Annual administration report of the Civil Veterinary Department, Sind - 1943-1944
Year: 1943
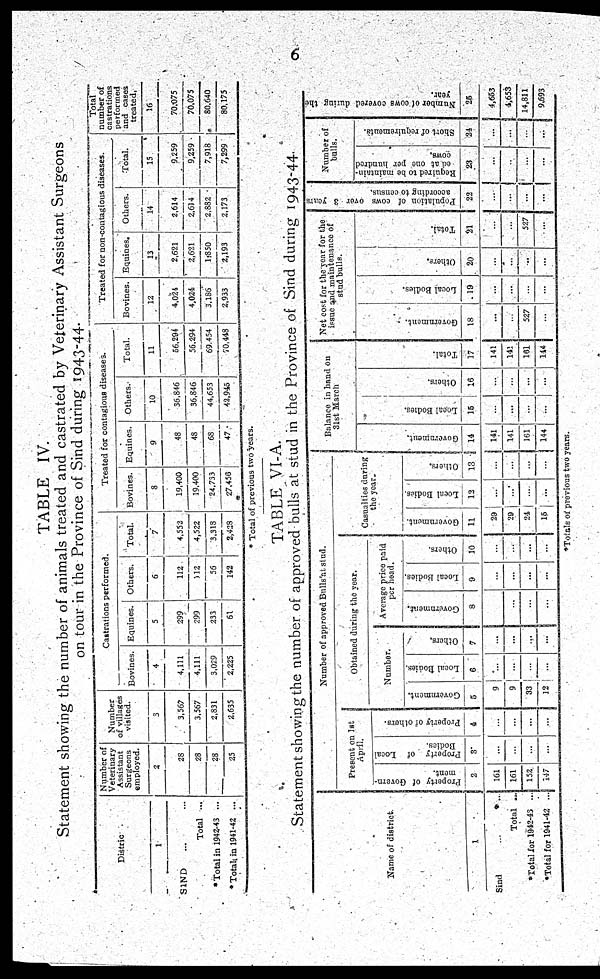
6
TABLE IV.
Statement showing the number of animals treated and castrated by Veterinary Assistant Surgeons
on tour in the Province of Sind during 1943-44.
Distric
1
SIND ... ...
Total ...
*Total in 1942-43 ...
* Total in 1941-42 ...
Number of
Veterinary
Assistant
Surgeons
employed.
2
28
28
28
25
Number
of villages
visited.
3
3,567
3,567
2,831
2,635
Castrations performed.
Bovines.
4
4,111
4,111
3,029
2,225
Equines.
5
299
299
233
61
Others.
6
112
312
56
142
Total.
7
4,552
4,522
3,318
2,428
Treated for contagious diseases.
Bovines.
8
19,400
19,400
24,733
27,456
Equines.
9
48
48
68
47
Others.
10
36,846
36,846
44,653
42,945
Total.
11
56,294
56,294
69,454
70,448
Treated for non-contagious diseases.
Bovines.
12
4,024
4,024
3,186
2,933
Equines.
13
2,621
2,621
1,850
2,193
Others.
14
2,614
2,614
2,882
2,173
Total.
15
9,259
9,259
7,918
7,299
Total
number of
performed
and cases
treated,
16
70,075
70,075
80,640
80,175
* Total of previous two years.
TABLE VI-A.
Statement showing the number of approved bulls at stud in the Province of Sind during 1943-44.
Name of district.
1
Sind ... ...
Total ...
*Total for 1942-43 ...
*Total for 1941-42 ...
Number of approved Bulls at stud.
Present on 1st
April.
Property of Govern-
ment.
2
161
161
152
147
Property of Local
Bodies.
3
...
...
...
...
Property of others.
4
...
...
...
...
Obtained during the year.
Number.
Government.
5
9
9
33
12
Local Bodies.
6
...
...
...
...
Others,
7
...
...
...
...
Average price paid
per head.
Government.
8
...
...
...
...
Local Bodies.
9
...
...
...
...
Others.
10
...
...
...
...
Casualties during
the year.
Government.
11
29
29
24
15
Local Bodies,
12
...
...
...
...
Others.
13
...
...
...
...
Balance in hand on
31st March
Gove r
nme nt.
14
141
141
161
144
Local Bodies.
15
...
...
...
...
Ot her s .
16
...
...
...
...
Tot al .
17
141
141
161
144
Net cost for the year for the
issue and maintenance of
stud bulls.
Gove r
nme nt.
18
...
...
527
...
Local Bodies.
19
...
...
...
...
Ot her s .
20
...
...
...
...
Tot al .
21
...
...
527
...
Population of cows over 3 years
according to census.
22
...
...
...
...
Number of
bulls.
Required to be maintain-
ed at one per hundred
cows.
23
...
...
...
...
Short of requirements.
24
...
...
...
...
Number of cows covered during the
year.
25
4,653
4,653
14,811
9,693
*Totals of previous two years.